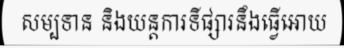
សម្បទាន និងយន្តការទីផ្សារនឹងធ្វើអោយ